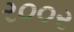
ર૦૦ર